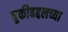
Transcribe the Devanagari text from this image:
चुकीबद्दलच्या